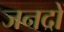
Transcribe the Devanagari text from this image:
जनदों